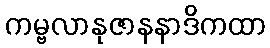
ကမ္ဗလာနုဇာနနာဒိကထာ